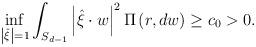
LaTeX: \begin{align*}\inf_{\left\vert \hat{\xi}\right\vert =1}\int_{S_{d-1}}\left\vert \hat{\xi}\cdot w\right\vert ^{2}\Pi \left( r,dw\right) \geq c_{0}>0. \end{align*}